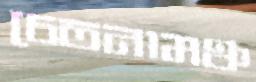
চেতনামঞ্চ